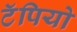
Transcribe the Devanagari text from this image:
टॅपियो